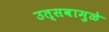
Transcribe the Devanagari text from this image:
उत्सवामुळे